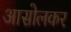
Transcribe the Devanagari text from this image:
आसोलकर